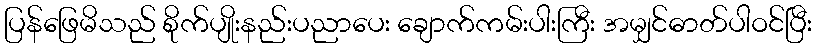
ပြန်ဖြေမိသည် စိုက်ပျိုးနည်းပညာပေး ချောက်ကမ်းပါးကြီး အမျှင်ဓာတ်ပါဝင်ပြီး